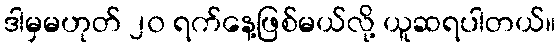
ဒါမှမဟုတ် ၂၀ ရက်နေ့ဖြစ်မယ်လို့ ယူဆရပါတယ်။